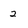
Character: 2